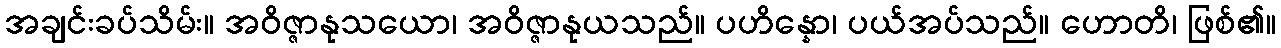
အချင်းခပ်သိမ်း။ အဝိဇ္ဇာနုသယော၊ အဝိဇ္ဇာနုယသည်။ ပဟိန္နော၊ ပယ်အပ်သည်။ ဟောတိ၊ ဖြစ်၏။